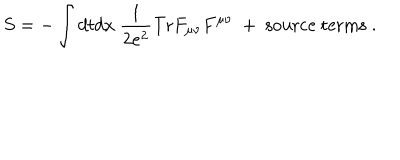
LaTeX: S = - \int d t d x ~ \frac { 1 } { 2 e ^ { 2 } } \mathrm { T r } F _ { \mu \nu } F ^ { \mu \nu } ~ + ~ \mathrm { s o u r c e ~ t e r m s } \; .